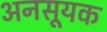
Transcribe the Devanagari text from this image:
अनसूयक